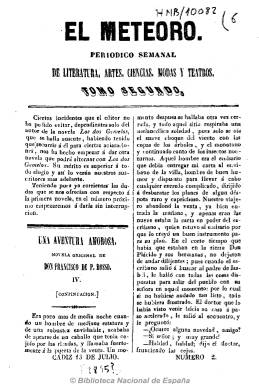
Título: El Meteoro (Cádiz)
Colección: Semanarios de amenidades
Ámbito geográfico: Cádiz
Lugar de publicación: Cádiz
Fechas: 13/07/1845-19/10/1845

Semanario que, a partir el 6 de julio de 1845, volvió de nuevo a modificar el título de su cabecera, de El nuevo meteoro a El meteoro, iniciando una nueva numeración de sus ediciones, pero con el mismo formato, paginación, composición, contenidos y colaboradores, y estampado asimismo en la Imprenta de la Sociedad de Recreos Literarios, a cargo de José Morón, aunque posteriormente se denominará como Imprenta del Meteoro.

La colección no completa de este título en la BN contiene sólo cinco números correspondientes a su segundo tomo y año 1845, que sumaron en total 26 números.

El meteoro dejará de publicarse a comienzos de 1846, por la marcha a Granada de su redactor, José M. Gómez, y en su lugar y con la participación de sus colaboradores se publicará El genio. De este último título la BN conserva su número 9, correspondiente al 12 de abril de 1846, estampado en la misma Imprenta de la Sociedad de Recreos Literarios, que microfilmado aún no ha sido digitalizado.

La Hemeroteca Municipal de Madrid conserva también varios ejemplares de El meteoro del año 1845, así como otros dos del año 1846, correspondientes a su tercer tomo.

Véase en la Hemeroteca Digital de la BN el título: El nuevo meteoro.